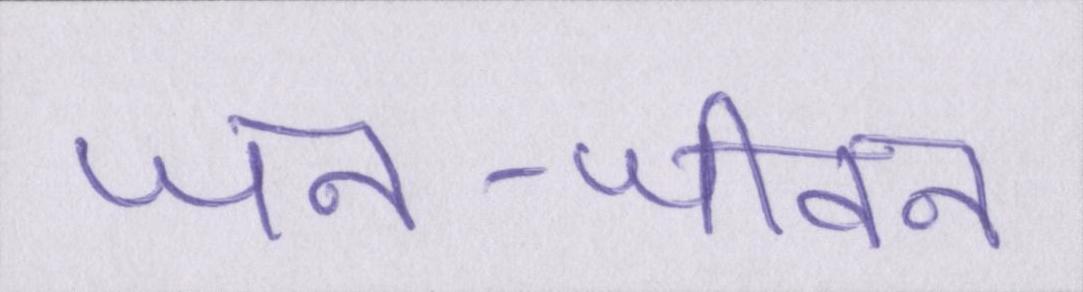
जन-जीवन